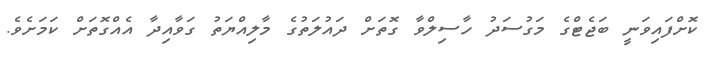
ކޮށްފައިވަނީ ބަޖެޓްގެ މަގުސަދު ހާސިލްވާ ގޮތަށް ދައުލަތުގެ މާލިއްޔަތު ގަވާއިދާ އެއްގޮތަށް ކަމަށެވެ.